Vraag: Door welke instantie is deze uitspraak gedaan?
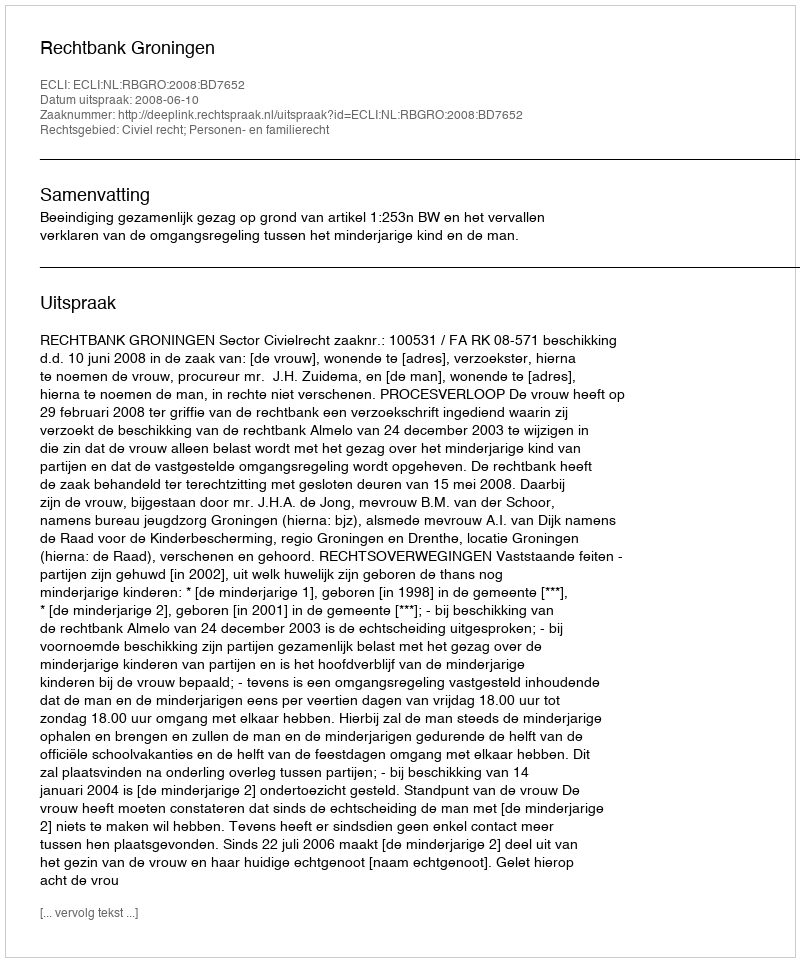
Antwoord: Rechtbank Groningen